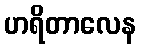
ဟရိတာလေန